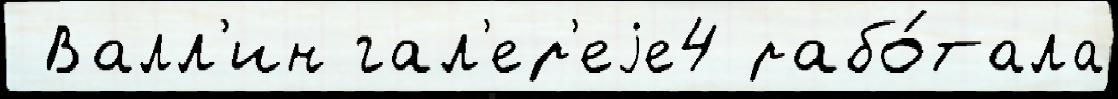
 Валл'ин гал'ер'еjе4 рабо́тала